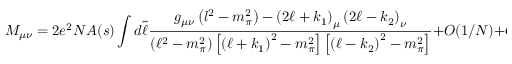
{ \cal M } _ { { \mu } { \nu } } = 2 e ^ { 2 } N A ( s ) \int d \tilde { \ell } \frac { g _ { { \mu } { \nu } } \left( l ^ { 2 } - m _ { \pi } ^ { 2 } \right) - \left( 2 { \ell } + k _ { 1 } \right) _ { \mu } \left( 2 { \ell } - k _ { 2 } \right) _ { \nu } } { \left( { \ell } ^ { 2 } - m _ { \pi } ^ { 2 } \right) \left[ \left( { \ell } + k _ { 1 } \right) ^ { 2 } - m _ { \pi } ^ { 2 } \right] \left[ \left( { \ell } - k _ { 2 } \right) ^ { 2 } - m _ { \pi } ^ { 2 } \right] } + O ( 1 / N ) + O ( ( \frac { m _ { \pi } ^ { 2 } } { F ^ { 2 } } ) ^ { 2 } )